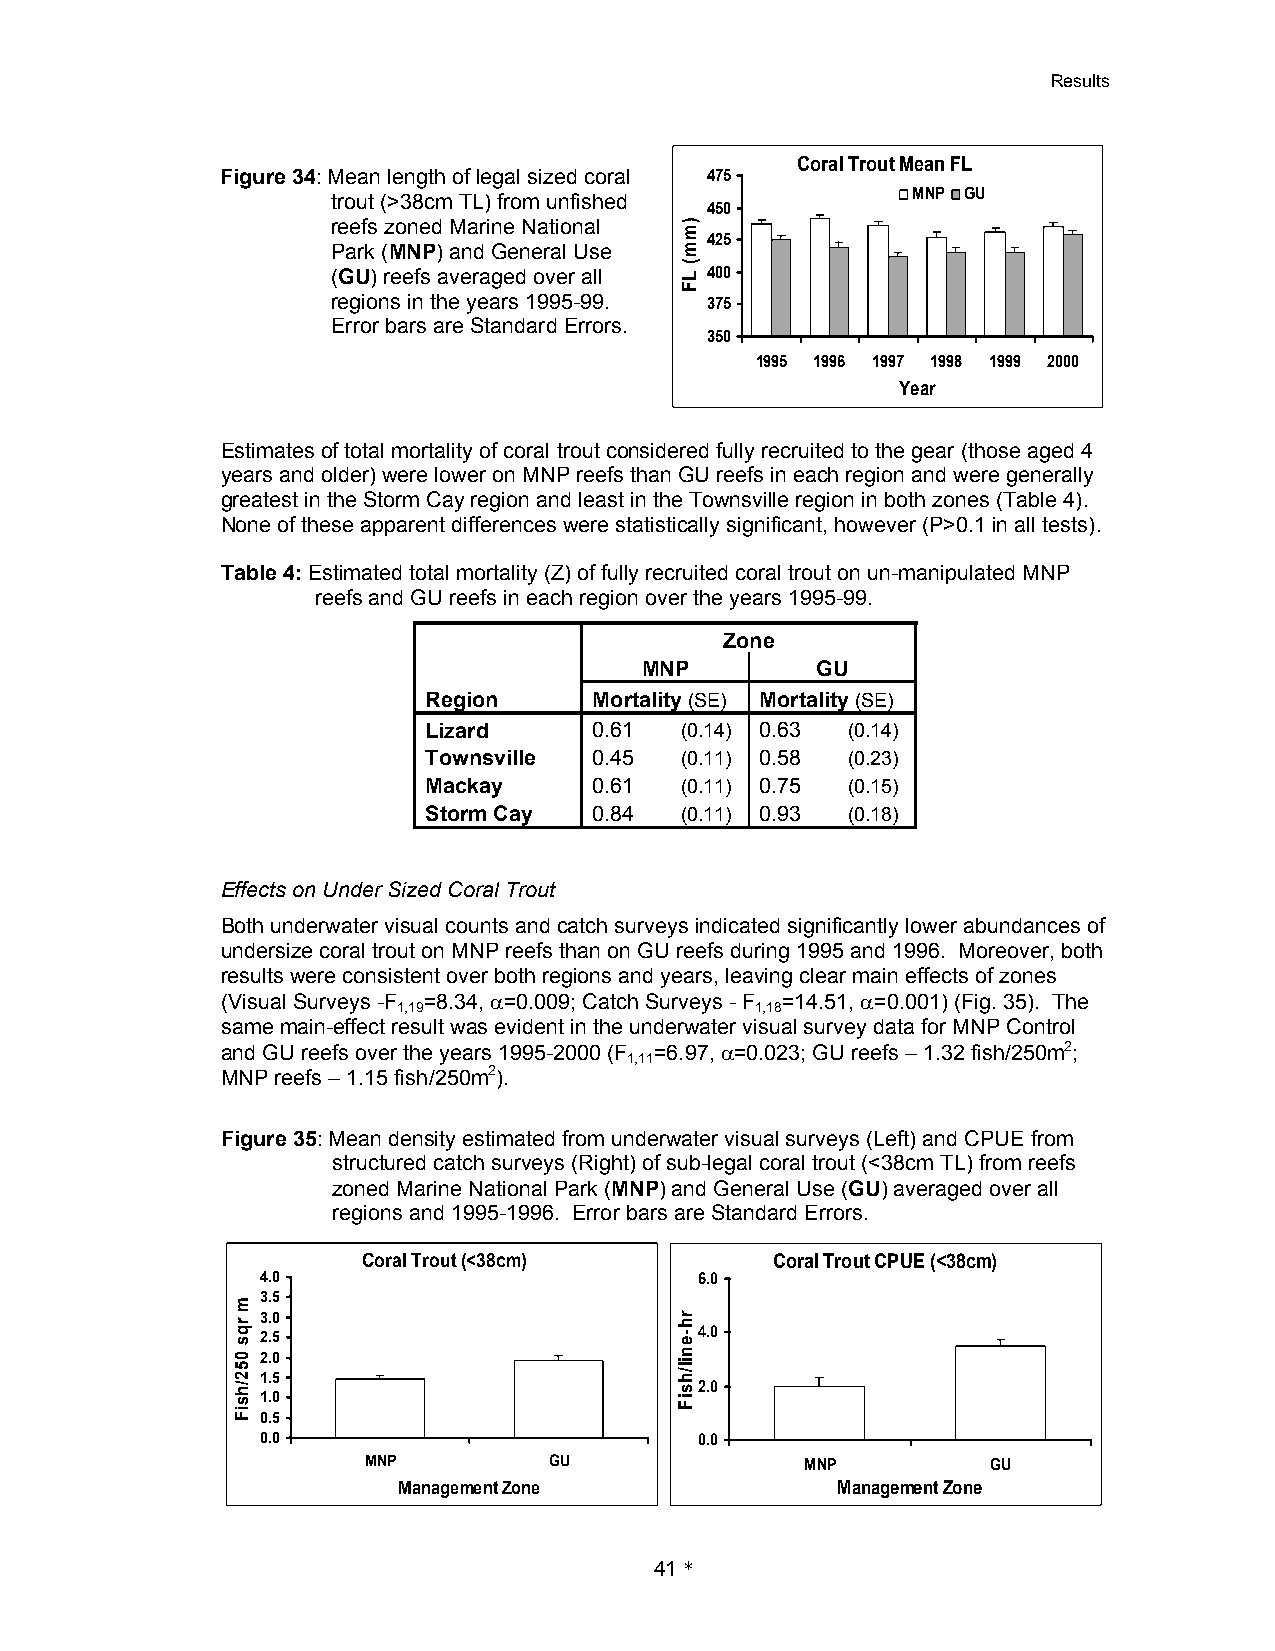
Results
 Coral Trout Mean FL
 Figure 34: Mean length of legal sized coral 475
 trout (>38cm TL) from unfished        MNP GU
 450
 reefs zoned Marine National
 425
 Park (MNP) and General Use
 (GU) reefs averaged over all 400
 regions in the years 1995-99. 375
 Error bars are Standard Errors.
 350
 1995 1996 1997 1998 1999 2000
 Year
 Estimates of total mortality of coral trout considered fully recruited to the gear (those aged 4
 years and older) were lower on MNP reefs than GU reefs in each region and were generally
 greatest in the Storm Cay region and least in the Townsville region in both zones (Table 4).
 None of these apparent differences were statistically significant, however (P>0.1 in all tests).
 Table 4: Estimated total mortality (Z) of fully recruited coral trout on un-manipulated MNP
 reefs and GU reefs in each region over the years 1995-99.
 Zone
 MNP         GU
 Region     Mortality (SE) Mortality (SE)
 Lizard     0.61  (0.14) 0.63 (0.14)
 Townsville 0.45  (0.11) 0.58 (0.23)
 Mackay     0.61  (0.11) 0.75 (0.15)
 Storm Cay  0.84  (0.11) 0.93 (0.18)
 Effects on Under Sized Coral Trout
 Both underwater visual counts and catch surveys indicated significantly lower abundances of
 undersize coral trout on MNP reefs than on GU reefs during 1995 and 1996. Moreover, both
 results were consistent over both regions and years, leaving clear main effects of zones
 (Visual Surveys -F =8.34, 0=0.009; Catch Surveys - F =14.51, 0=0.001) (Fig. 35). The
 1,19                    1,18
 same main-effect result was evident in the underwater visual survey data for MNP Control
 and GU reefs over the years 1995-2000 (F =6.97, 0=0.023; GU reefs – 1.32 fish/250m2;
 1,11
 MNP reefs – 1.15 fish/250m2).
 Figure 35: Mean density estimated from underwater visual surveys (Left) and CPUE from
 structured catch surveys (Right) of sub-legal coral trout (<38cm TL) from reefs
 zoned Marine National Park (MNP) and General Use (GU) averaged over all
 regions and 1995-1996. Error bars are Standard Errors.
 Coral Trout (<38cm)        Coral Trout CPUE (<38cm)
 4.0                          6.0
 3.5
 3.0
 2.5                          4.0
 2.0
 1.5
 2.0
 1.0
 0.5
 0.0                          0.0
 MNP         GU               MNP          GU
 Management Zone              Management Zone
 41*
 m
 rqs
 052/hsiF
 )mm(
 LF
 rh-enil/hsiF